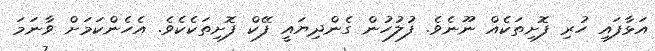
އަޅާފައި ހުރި ފޮށިތަކެއް ނޫނެވެ. ފުލުހުން ގެންދިޔައީ ފޭކް ފޮށިތަކެކެވެ. އެހެންކަމަށް ވާނަމަ